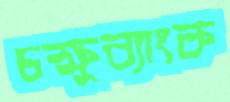
চক্ষুব্যাংক